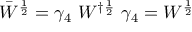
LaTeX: \bar { W } ^ { \frac { 1 } { 2 } } = \gamma _ { 4 } ~ W ^ { \dag \frac { 1 } { 2 } } ~ \gamma _ { 4 } = W ^ { \frac { 1 } { 2 } }